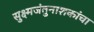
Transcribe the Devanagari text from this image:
सुक्ष्मजंतुनाशकांचा